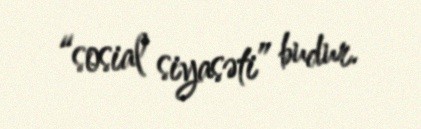
“sosial siyasəti” budur.